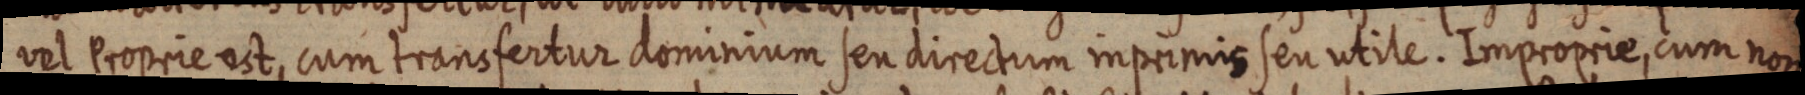
vel Proprie est, cum transfertur dominium seu directum inprimis seu utile. Improrie, cum non